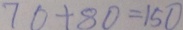
7 0 + 8 0 = 1 5 0